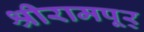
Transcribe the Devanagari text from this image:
श्रीरामपूर्